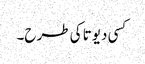
کسی دیوتا کی طرح۔